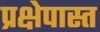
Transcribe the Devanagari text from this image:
प्रक्षेपास्त